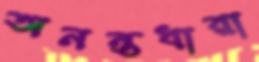
অনন্তধারা